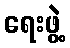
ရေးဖွဲ့